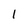
Character: 1